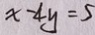
x - 4 y = 5